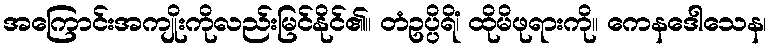
အကြောင်းအကျိုးကိုလည်းမြင်နိုင်၏။ တံဥပ္ပိရိံ၊ ထိုမိဖုရားကို။ ကေနဒေါသေန၊